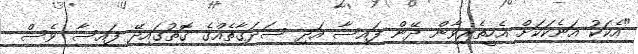
"އެކަކު އަނެކަކަށް އެހީތެރިވާން ދޭން ފައިސާ އަދި ސަދަގާތެއްގެ ގޮތުގައިދޭ ފައިސާ ވެސް